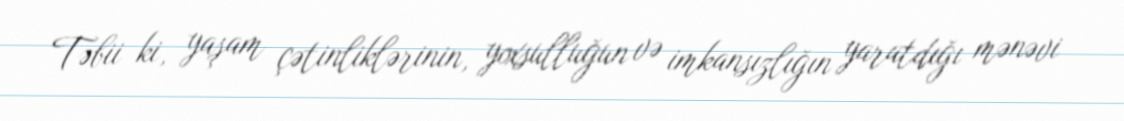
Təbii ki, yaşam çətinliklərinin, yoxsulluğun və imkansızlığın yaratdığı mənəvi